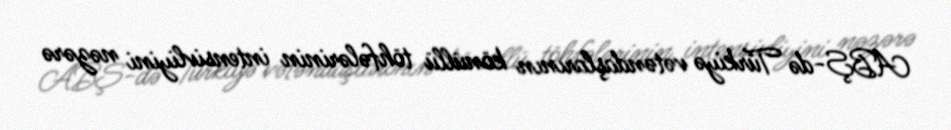
ABŞ-də Türkiyə vətəndaşlarının könüllü töhfələrinin intensivliyini nəzərə